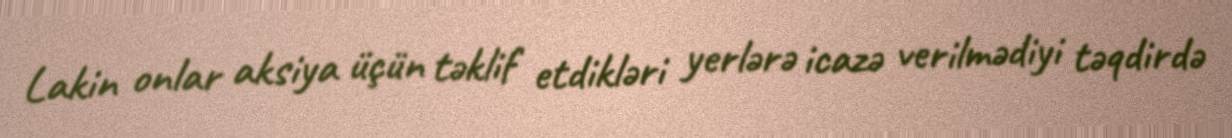
Lakin onlar aksiya üçün təklif etdikləri yerlərə icazə verilmədiyi təqdirdə